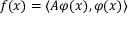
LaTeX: f ( x ) = \langle A \varphi ( x ) , \varphi ( x ) \rangle